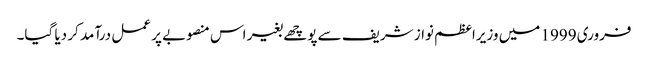
فروری 1999 میں وزیراعظم نواز شریف سے پوچھے بغیر اس منصوبے پر عمل درآمد کر دیا گیا۔